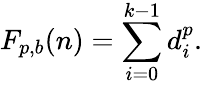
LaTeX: F_{p,b}(n)=\sum_{i=0}^{k-1}d_{i}^{p}.